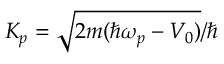
K _ { p } = \sqrt { 2 m ( \hbar \omega _ { p } - V _ { 0 } ) } / \hbar